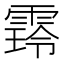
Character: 𮦜